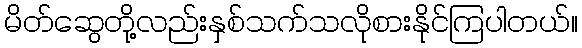
မိတ်ဆွေတို့လည်းနှစ်သက်သလိုစားနိုင်ကြပါတယ်။